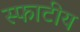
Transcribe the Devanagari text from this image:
स्फाटीय